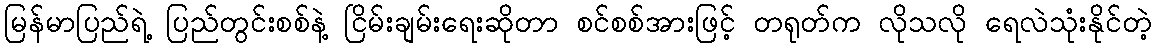
မြန်မာပြည်ရဲ့ ပြည်တွင်းစစ်နဲ့ ငြိမ်းချမ်းရေးဆိုတာ စင်စစ်အားဖြင့် တရုတ်က လိုသလို ရေလဲသုံးနိုင်တဲ့